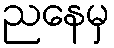
ညနေမှ